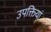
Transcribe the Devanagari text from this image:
उपक्तियां